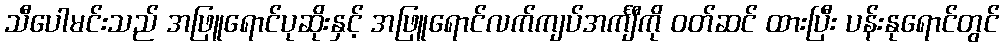
သီပေါမင်းသည် အဖြူရောင်ပုဆိုးနှင့် အဖြူရောင်လက်ကျပ်အင်္ကျီကို ဝတ်ဆင် ထားပြီး ပန်းနုရောင်တွင်